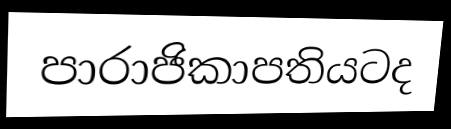
පාරාජිකාපතියටද